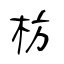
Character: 枋